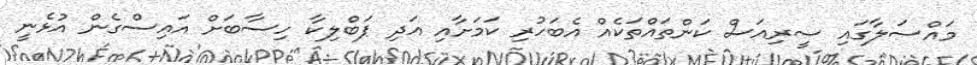
މައްސަލާގައި ސީރިއަސް ކަންތައްތަކެއް އެބަހުރި ކަމަށާއި އަދި ޕަބްލިކާ ހިސާބަށް އައިސްގެން އުޅެނީ